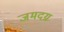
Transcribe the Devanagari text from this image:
जमदग्न